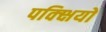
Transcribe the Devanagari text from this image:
पक्क्षियो